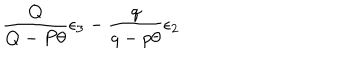
LaTeX: \frac { Q } { Q - P \theta } \epsilon _ { 3 } - \frac { q } { q - p \theta } \epsilon _ { 2 }